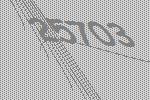
25703